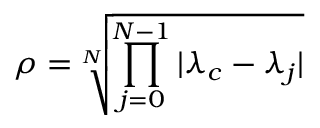
\rho = \sqrt [ N ] { \prod _ { j = 0 } ^ { N - 1 } | \lambda _ { c } - \lambda _ { j } | }